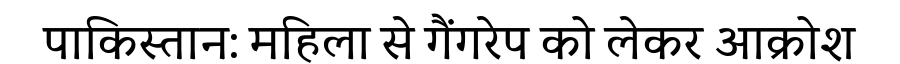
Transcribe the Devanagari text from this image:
पाकिस्तान: महिला से गैंगरेप को लेकर आक्रोश